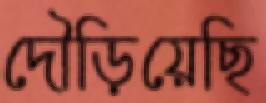
দৌড়িয়েছি